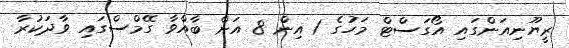
ރީޔޫނިއަންގައި އޯގަސްޓް މަހުގެ 1 އިން 8 އަށް ބާއްވާ ގޭމްސްގައި ވާދަކުރާ